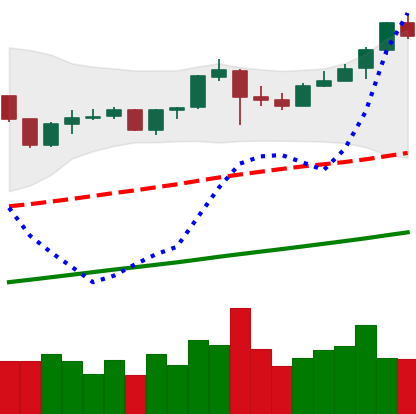
Ticker: BNB-USD
Chart end date: 2019-06-22
Forward return: -10.519%
Label: down_7plus